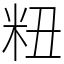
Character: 粈